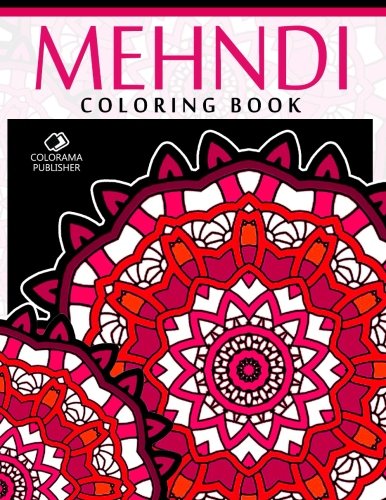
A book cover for Mehndi Coloring Book: Stress Relieving Patterns : Colorama coloring book Publishing - Coloring Books For Adults ,Mandala coloring books, Mandala coloring books for adults (Volume 1); Mehndi Coloring Book; Arts & Photography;